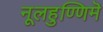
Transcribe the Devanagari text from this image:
नूलहुण्णिमॆ